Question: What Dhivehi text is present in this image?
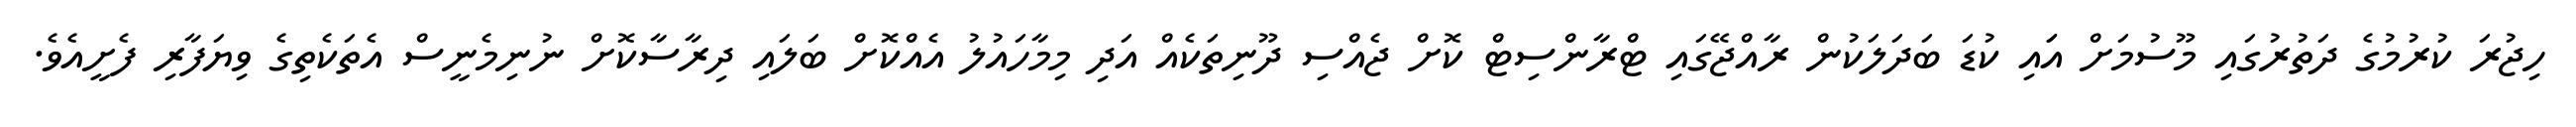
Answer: ހިޖުރަ ކުރުމުގެ ދަތުރުގައި މޫސުމަށް އަައި ކުޑަ ބަދަލަކުން ރާއްޖޭގައި ޓްރާންސިޓް ކޮށް ޖެއްސި ދޫނިތަކެއް އަދި މިމާހައުލު އެއްކޮށް ބަލައި ދިރާސާކޮށް ނުނިމެނީސް އެތަކެތިގެ ވިޔަފާރި ފެށީއެވެ.